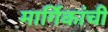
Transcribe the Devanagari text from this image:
मार्गिकांची